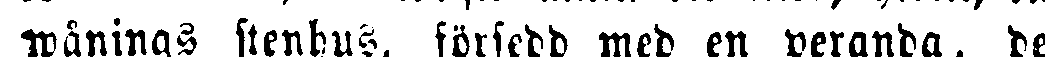
wånings stenhus, försedd med en veranda, de